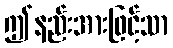
ဤနည်းအားဖြင့်သာ